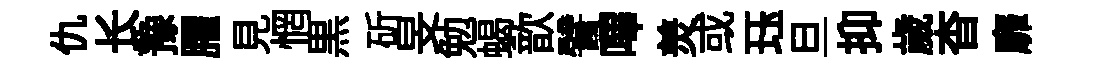
仇长豫臞見惘黒斫旻勉蝎歆譬嗶羙或珏旦抑歲杳靡